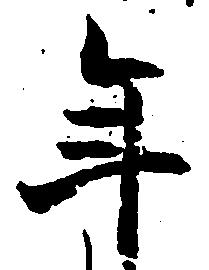
年